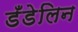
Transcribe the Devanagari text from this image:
डँडेलिन